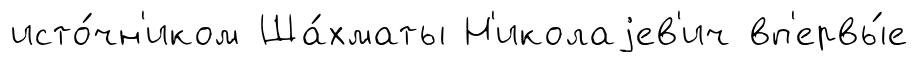
исто́чн'иком Ша́хматы Н'иколаjев'ич вп'ервы́е